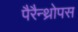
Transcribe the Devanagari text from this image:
पैरैन्थ्रोपस